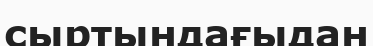
сыртындағыдан